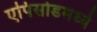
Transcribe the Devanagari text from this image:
एपिसोडमध्ये